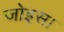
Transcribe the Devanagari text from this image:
जोइस।